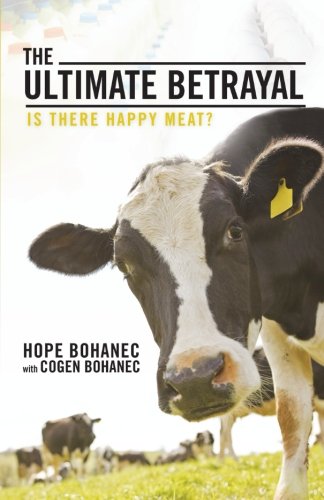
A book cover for The Ultimate Betrayal: Is There Happy Meat?; Hope Bohanec; Science & Math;